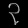
Digit: ၃